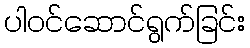
ပါဝင်ဆောင်ရွက်ခြင်း